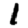
Digit: 1